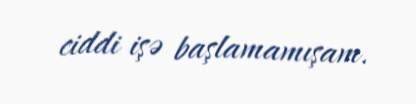
ciddi işə başlamamışam.